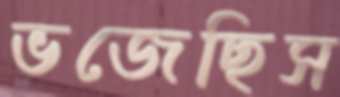
ভজেছিস